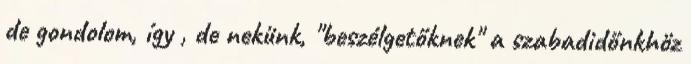
de gondolom, így , de nekünk, "beszélgetőknek" a szabadidőnkhöz